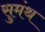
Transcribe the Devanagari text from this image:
सुमंथ